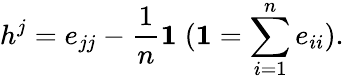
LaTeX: h^{j}=e_{jj}-\frac{1}{n}{\mathbf 1}\; ({\mathbf 1}=\sum_{i=1}^{n}e_{ii}).